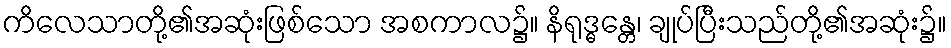
ကိလေသာတို့၏အဆုံးဖြစ်သော အစကာလ၌။ နိရုဒ္ဓန္တေ၊ ချုပ်ပြီးသည်တို့၏အဆုံး၌။